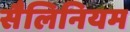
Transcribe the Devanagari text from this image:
सैलिनियम